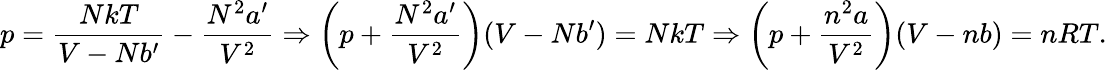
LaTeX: p={\frac{NkT}{V-Nb^{\prime}}}-{\frac{N^{2}a^{\prime}}{V^{2}}}\Rightarrow\left(p+{\frac{N^{2}a^{\prime}}{V^{2}}}\right)(V-Nb^{\prime})=NkT\Rightarrow\left(p+{\frac{n^{2}a}{V^{2}}}\right)(V-nb)=nRT.